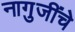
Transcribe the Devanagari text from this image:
नागुजींचे